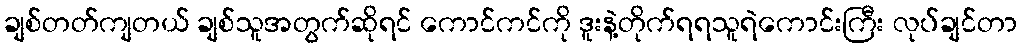
ချစ်တတ်ကျတယ် ချစ်သူအတွက်ဆိုရင် ကောင်ကင်ကို ဒူးနဲ့တိုက်ရရသူရဲကောင်းကြီး လုပ်ချင်တာ